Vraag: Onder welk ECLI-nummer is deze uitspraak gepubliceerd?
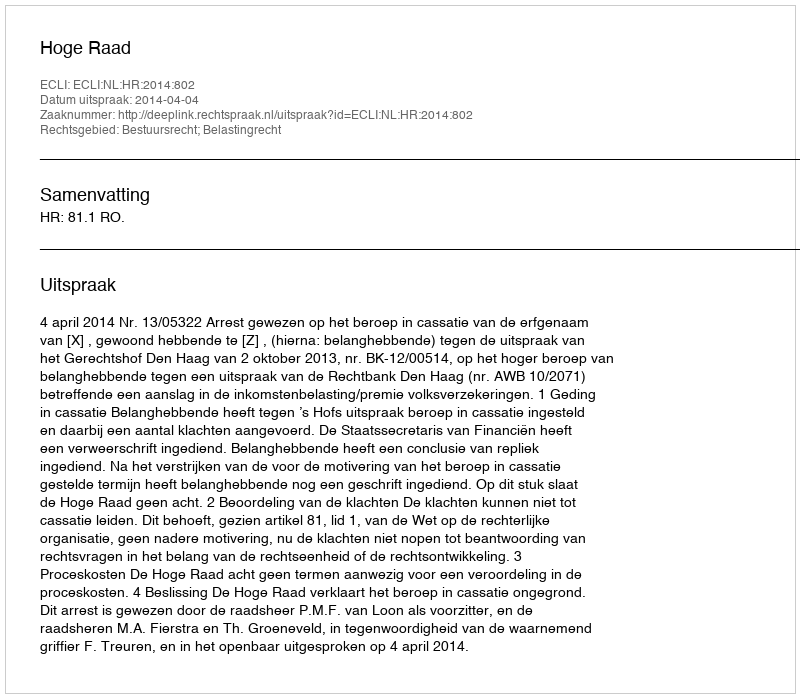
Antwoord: ECLI:NL:HR:2014:802